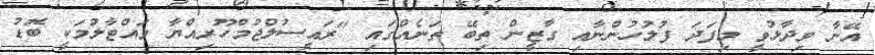
އޭނާ ވިދާޅުވީ މިފަދަ ފުލުހުންނާއި ގާޒީން ތިބޭ ތަނެއްގައި "ރައީސުލްޖުމްހޫރިއްޔާ ވައްޓާލުމަކީ ބޮޑު